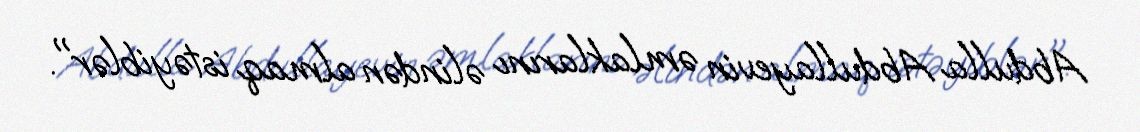
Abdulla Abdullayevin əmlaklarını əlindən almaq istəyiblər".